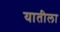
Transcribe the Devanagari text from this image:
यातीला